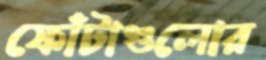
ফোঁটাগুলোর